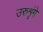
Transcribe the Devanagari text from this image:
उरुशृंगे